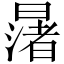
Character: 𪱅